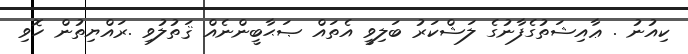
ކިއުނު . ޢާއިޝަތުގެފާނުގެ ލަޝްކަރު ބަލިވީ އެތައް ޞަޙާބީންނެއް ޤަތުލުވި .ރައްޔިތުން ހޮވި